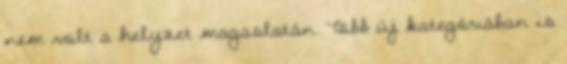
nem volt a helyzet magaslatán. Több új kategóriában is